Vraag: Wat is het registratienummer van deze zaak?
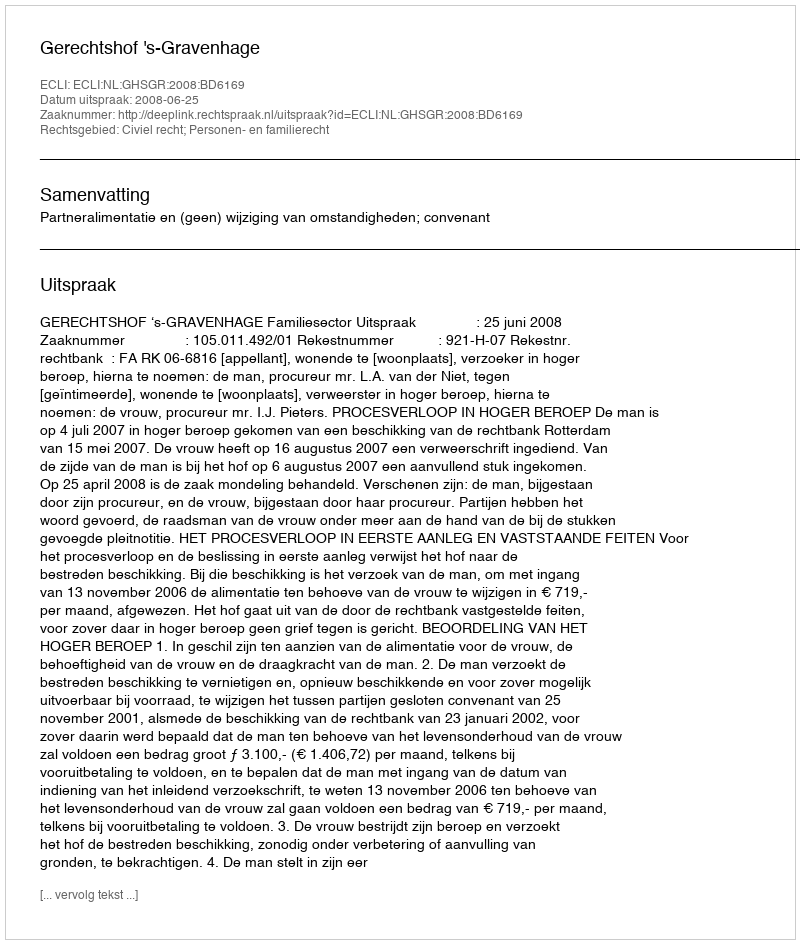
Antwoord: http://deeplink.rechtspraak.nl/uitspraak?id=ECLI:NL:GHSGR:2008:BD6169